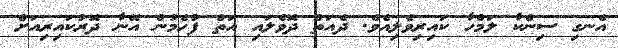
އެނގި ސިންކާ ލަމްހާ ކައިރިވެލިއެވެ. ދެއަތް ދޮވެލައި އަތް ފުހެމުން އޭނާ ދޮރުކައިރިއަށް